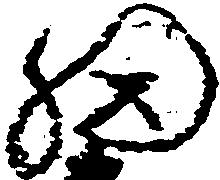
細